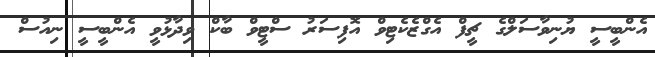
އެންބީސީ ޔުނިވާސަލްގެ ޗީފް އެގްޒެކެޓިވް އޮފިސަރު ސްޓީވް ބާކް ވިދާޅުވީ އެންބީސީ ނިއުސް